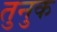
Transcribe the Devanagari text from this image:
तुनुक